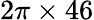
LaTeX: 2\pi\times 46